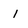
Character: i